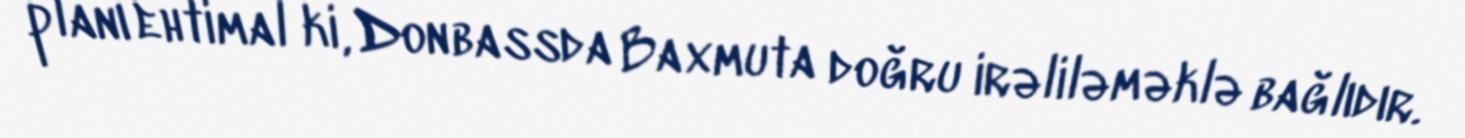
planı ehtimal ki, Donbassda Baxmuta doğru irəliləməklə bağlıdır.